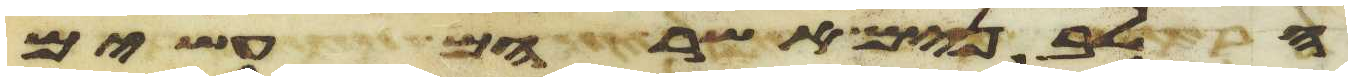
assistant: הלבנים אשר הם עשים